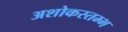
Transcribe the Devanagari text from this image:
अशोकस्तम्भ